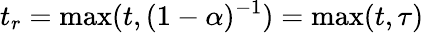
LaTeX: t_{r}=\operatorname*{max}(t,(1-\alpha)^{-1})=\operatorname*{max}(t,\tau)